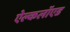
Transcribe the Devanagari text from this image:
ऐल्कलॉएड